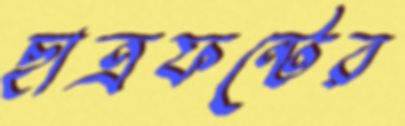
ছাত্রফন্টের